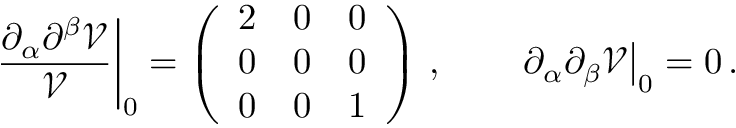
\left. \frac { \partial _ { \alpha } \partial ^ { \beta } \mathcal { V } } { \mathcal { V } } \right| _ { 0 } = \left( \begin{array} { l l l } { { 2 } } & { { 0 } } & { { 0 } } \\ { { 0 } } & { { 0 } } & { { 0 } } \\ { { 0 } } & { { 0 } } & { { 1 } } \end{array} \right) \, , \qquad \left. \partial _ { \alpha } \partial _ { \beta } \mathcal { V } \right| _ { 0 } = 0 \, .